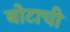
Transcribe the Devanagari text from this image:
बोटाची